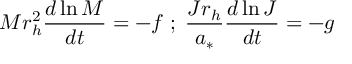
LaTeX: M r _ { h } ^ { 2 } { \frac { d \ln M } { d t } } = - f \; ; \; { \frac { J r _ { h } } { a _ { * } } } { \frac { d \ln J } { d t } } = - g